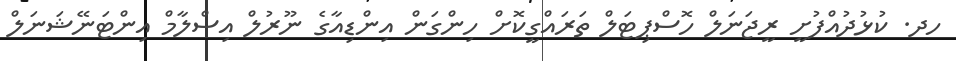
ހދ. ކުޅުދުއްފުށީ ރީޖަނަލް ހޮސްޕިޓަލް ތަރައްގީކޮށް ހިންގަން އިންޑިއާގެ ނޫރުލް އިސްލާމް އިންޓަނޭޝަނަލް